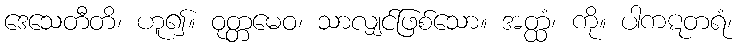
ဒေသေတီတိ၊ ဟူ၍။ ဝုတ္တမေဝ၊ သာလျှင်ဖြစ်သော။ အတ္ထံ၊ ကို။ ပါကဋတရံ၊